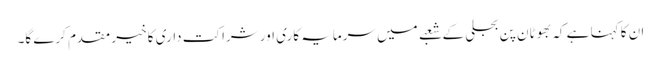
ان کا کہنا ہے کہ بھوٹان پن بجلی کے شعبے میں سرمایہ کاری اور شراکت داری کا خیر مقدم کرے گا۔